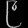
Digit: ၉